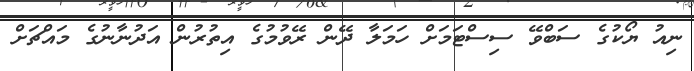
ނިއު ޔޯކުގެ ސަބްވޭ ސިސްޓަމަށް ހަމަލާ ދޭން ރޭވުމުގެ އިތުރުން އަދުނާނުގެ މައްޗަށް